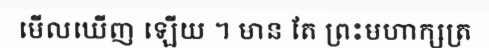
មើលឃើញ ឡើយ ។ មាន តែ ព្រះមហាក្សត្រ